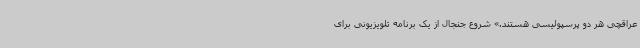
عراقچی هر دو پرسپولیسی هستند.» شروع جنجال از یک برنامه تلویزیونی برای